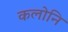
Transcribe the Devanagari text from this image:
कलोनि